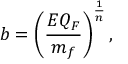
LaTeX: b = \left( { \frac { E Q _ { F } } { m _ { f } } } \right) ^ { \frac { 1 } { n } } ,